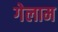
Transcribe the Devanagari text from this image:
गेलाम